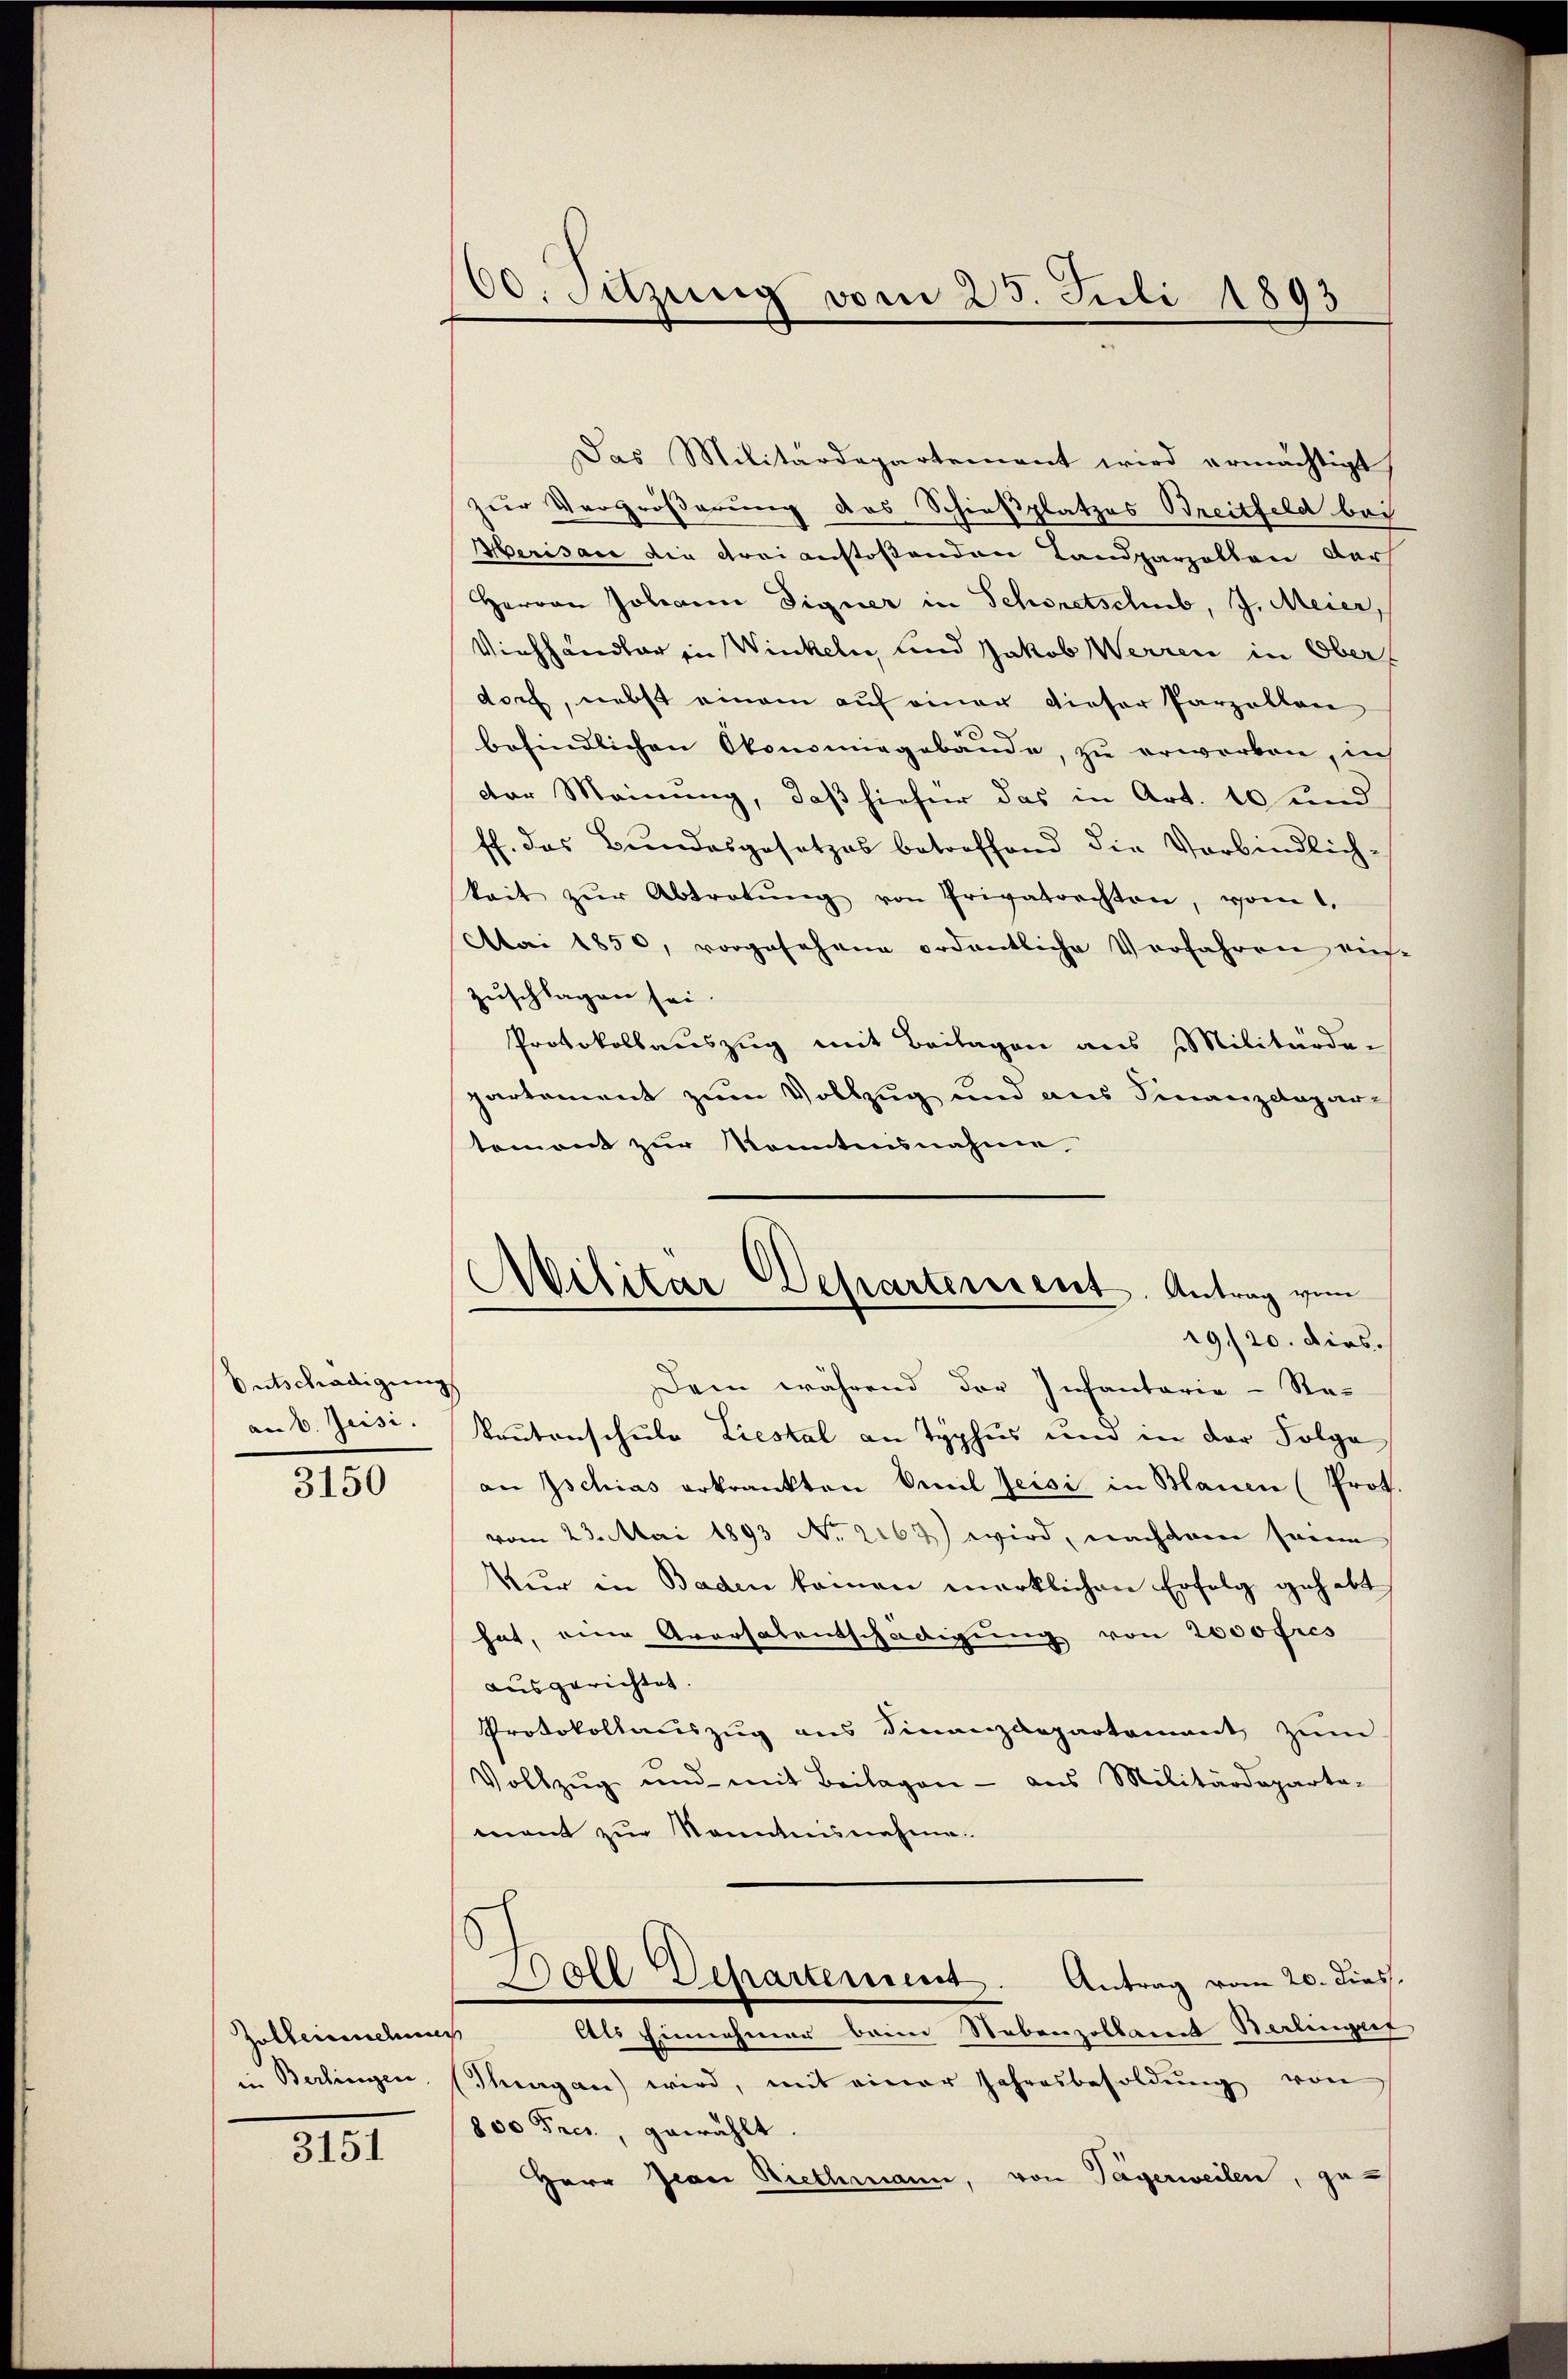
Entschädigung
am 6. Jeisi

3150

Das Militärdepartement wird ermächtigt
zur Vergrößerung des Schießplatzes Breitfeld bei
Merisau die drei anstoßenden Landparzellen dar
Herren Johann Signer in Schoretschub, J. Meier,
Viehhändler in Winkeln und Jakob Werren in Ober
dorf, nebst einem auf einer dieser Parzellan
befindlichen Okonomiegebäude, zu erworben, in
dor Meinung, daß hiefür das in Art. 10 und
ff. das Bundesgesetzes betreffend die Verbindlich-
keit zŭr Abtretŭng von Privatoristen, vom 1.
Mai 1850, vorgesehene ordentliche Verfahren au
zuschlagen sei.
Protokollauszug mit Beilagen aus Militärde-
partement zum Vollzug und aus Finanzctapar-
toment zur Kenntnisnahme,
Dem während der Infantaria - Sta-
kautonschule Liestal an Typhus und in der Folge
an Ischias erkrankten Emil Zeisi in Blauen (Prot
vom 23. Mai 1893 No 2163) wird, nachdem seine
Kur in Baden kamen merklichen Erfolg gehabt
hat, eine Aversalentschädigung von 2000 fres
ausgerichtet.
Protokollauszug aus Finanzdepartamant zŭm
Vollzŭg und mit Beilagen - aus Militärdeparta-
mant zur Kenntnisnahme.
oll Departement. Antrag vom 20. dies
Als Einnehmer beim Nebenzollamt Berlingeg
(Thurgau wird, mit einer Jahresbesoldŭng von
800 Frei, gewählt.
Herr Jean Riethmann, von Tägerweilen, ge-

Zolbeinnehmen
in Berlingen

3151

00. Sitzung vom 25. Juli 1893

Militär Departerrent. Antrag vom
19/20. dies.